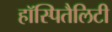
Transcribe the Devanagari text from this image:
हॉस्पितैलिटी